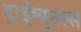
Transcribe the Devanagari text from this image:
ट्राईब्युनल्स